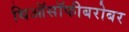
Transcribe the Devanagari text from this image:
थिऑसॉफीबरोबर